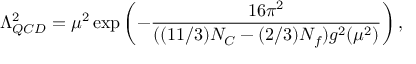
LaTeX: \Lambda _ { Q C D } ^ { 2 } = \mu ^ { 2 } \exp \left( - \frac { 1 6 \pi ^ { 2 } } { ( ( 1 1 / 3 ) N _ { C } - ( 2 / 3 ) N _ { f } ) g ^ { 2 } ( \mu ^ { 2 } ) } \right) ,